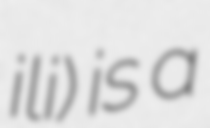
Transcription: ili) is a